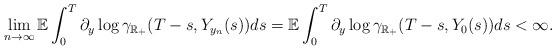
LaTeX: \begin{align*}\lim_{n\to \infty}\mathbb{E}\int^T_0 \partial_y\log\gamma_{\mathbb{R}_+}(T-s,Y_{y_n}(s))ds = \mathbb{E}\int^T_0 \partial_y\log\gamma_{\mathbb{R}_+}(T-s,Y_{0}(s))ds<\infty.\end{align*}